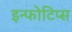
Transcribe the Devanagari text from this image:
इन्फोटिप्स